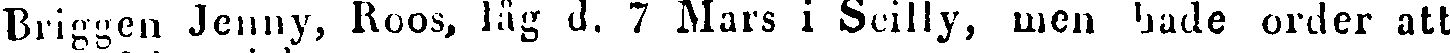
Briggen Jenny, Roos, låg d. 7 Mars i Scilly, men hade order att